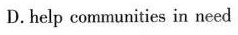
D. help communities in need